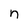
Character: n